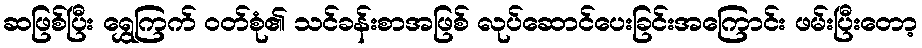
ဆဖြစ်ပြီး ရွှေကြက် ဝတ်စုံ၏ သင်ခန်းစာအဖြစ် လုပ်ဆောင်ပေးခြင်းအကြောင်း ဖမ်းပြီးတော့